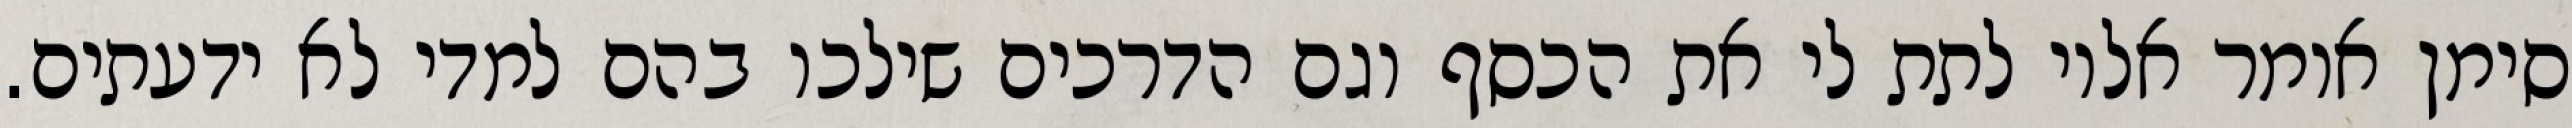
סימן אומר אליו לתת לי את הכסף וגם הדרכים שילכו בהם למדי לא ידעתים.